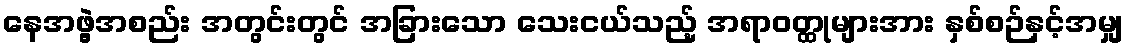
နေအဖွဲ့အစည်း အတွင်းတွင် အခြားသော သေးငယ်သည့် အရာဝတ္ထုများအား နှစ်စဉ်နှင့်အမျှ